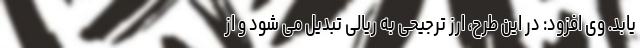
یابد. وی افزود: در این طرح، ارز ترجیحی به ریالی تبدیل می شود و از